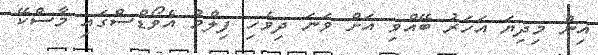
އިން މިދިޔަ އަހަރު ބޭއްވި އަށް ވަނަ ދިވެހި ފިލްމު އެވޯޑްސްގައި މާސްކޭ